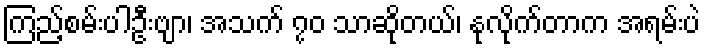
ကြည့်စမ်းပါဦးဗျာ၊ အသက် ၇၀ သာဆိုတယ်၊ နုလိုက်တာက အရမ်းပဲ